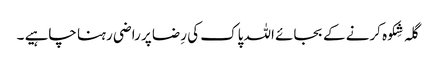
گلہ شِکوہ کرنے کے بجائے اللہ پاک کی رِضا پر راضی رہنا چاہیے ۔